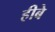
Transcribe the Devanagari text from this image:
हीबे